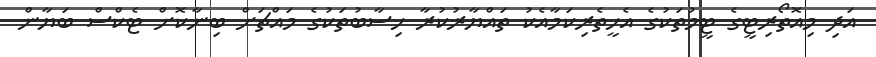
އަދި މިއޮތޯރިޓީގެ ޓީމުތަކުގެ އެހީތެރިކަމާއެކު ތައްޔާރުކުރާ ހިސާބުތަކުގެ މައްޗަށް ބިނާކޮށް ޓެކްސް ބަޔާން